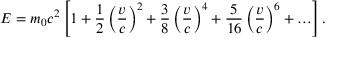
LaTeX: E = m _ { 0 } c ^ { 2 } \left[ 1 + { \frac { 1 } { 2 } } \left( { \frac { v } { c } } \right) ^ { 2 } + { \frac { 3 } { 8 } } \left( { \frac { v } { c } } \right) ^ { 4 } + { \frac { 5 } { 1 6 } } \left( { \frac { v } { c } } \right) ^ { 6 } + \ldots \right] .